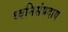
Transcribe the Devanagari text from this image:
ध्वनिसंप्रदाय